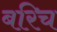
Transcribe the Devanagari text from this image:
बरिच